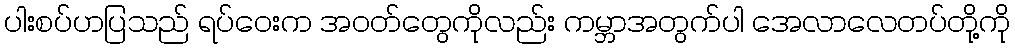
ပါးစပ်ဟပြသည် ရပ်ဝေးက အဝတ်တွေကိုလည်း ကမ္ဘာအတွက်ပါ အေလာလေတပ်တို့ကို